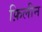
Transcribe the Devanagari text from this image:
फ़िलीन